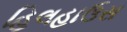
હિલહાઉસ